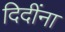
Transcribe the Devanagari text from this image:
दिदींना